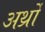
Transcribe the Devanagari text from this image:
अर्थ्रो